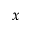
x